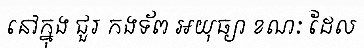
នៅក្នុង ជួរ កងទ័ព អយុធ្យា ខណៈ ដែល